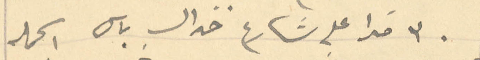
۳٠  مترًا على شارع خزال باس اكمله